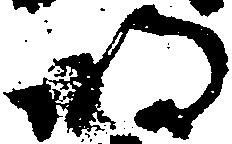
明